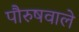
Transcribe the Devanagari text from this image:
पौरुषवाले